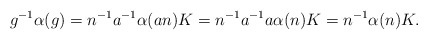
\begin{align*}g^{-1} \alpha(g) = n^{-1} a^{-1} \alpha(an) K = n ^{-1} a^{-1}a \alpha(n) K = n^{-1} \alpha(n) K.\end{align*}